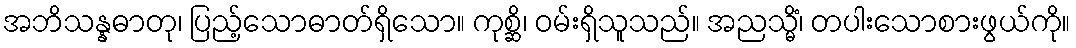
အဘိသန္နဓာတု၊ ပြည့်သောဓာတ်ရှိသော။ ကုစ္ဆိ၊ ဝမ်းရှိသူသည်။ အညသ္မိံ၊ တပါးသောစားဖွယ်ကို။